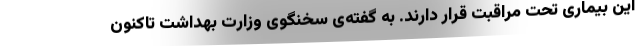
این بیماری تحت مراقبت قرار دارند. به گفته‌ی سخنگوی وزارت بهداشت تاکنون